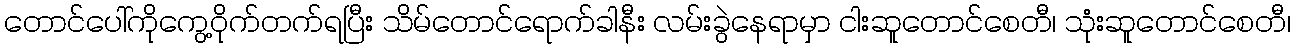
တောင်ပေါ်ကိုကွေ့ဝိုက်တက်ရပြီး သိမ်တောင်ရောက်ခါနီး လမ်းခွဲနေရာမှာ ငါးဆူတောင်စေတီ၊ သုံးဆူတောင်စေတီ၊